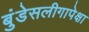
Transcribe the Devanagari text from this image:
बुंडेसलीगापेक्षा